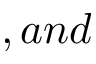
, a n d